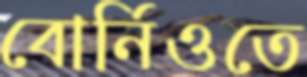
বোর্নিওতে